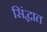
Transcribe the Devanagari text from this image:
सिंद्धात